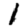
Digit: 1